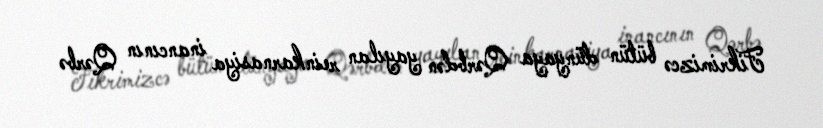
Fikrimizcə bütün dünyaya Qərbdən yayılan reinkarnasiya inancının Qərbə